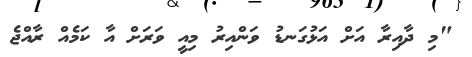
"މި ދާއިރާ އަށް އަޅުގަނޑު ވަންއިރު މިއީ ވަރަށް އާ ކަމެއް ރާއްޖެ